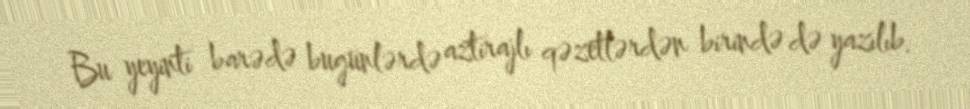
Bu yeyinti barədə bugünlərdə aztirajlı qəzetlərdən birində də yazılıb.